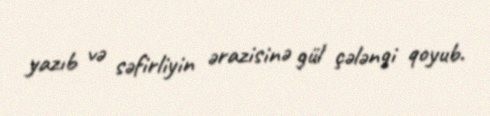
yazıb və səfirliyin ərazisinə gül çələngi qoyub.